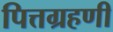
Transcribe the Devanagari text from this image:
पित्तग्रहणी